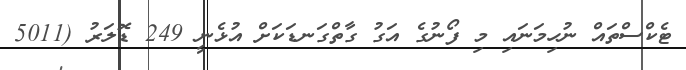
ޓެކްސްތައް ނުހިމަނައި މި ފޯނުގެ އަގު ގާތްގަނޑަކަށް އުޅެނީ 249 ޑޮލަރު (5011